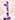
1